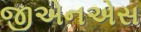
જીએનએસ